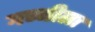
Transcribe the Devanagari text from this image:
गच्चीला